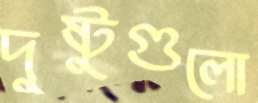
দুষ্টুগুলো